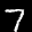
Label: 7